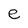
Character: e